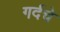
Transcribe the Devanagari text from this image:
गर्दचे